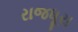
રાજધૂરા